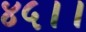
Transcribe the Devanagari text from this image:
४५।।